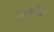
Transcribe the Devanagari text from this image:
डोरीया